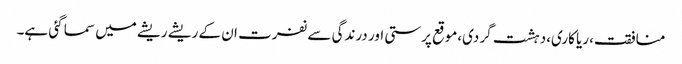
منافقت،ریا کاری،دہشت گردی،موقع پرستی اور درندگی سے نفرت ان کے ریشے ریشے میں سما گئی ہے۔